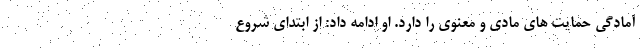
آمادگی حمایت های مادی و معنوی را دارد. او ادامه داد: از ابتدای شروع